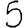
Digit: 5